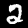
Label: 2